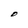
Character: D